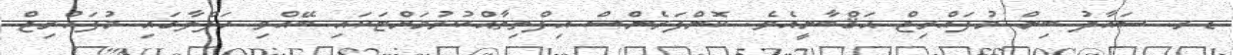
ޑރ. ސައާދު ބިން މުފައްރިޖް ޙަޤްބާނީއެވެ. ކޮންފަރެންސް އިފްތިތާޙްކުރުމަށްޓަކައި ބޭއްވި ހަފްލާގައި މުފައްރިޖް